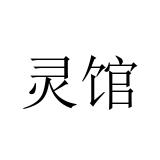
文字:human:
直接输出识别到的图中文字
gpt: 灵馆